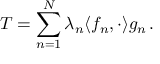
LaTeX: T = \sum _ { n = 1 } ^ { N } \lambda _ { n } \langle f _ { n } , \cdot \rangle g _ { n } \, .